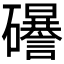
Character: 𥗟